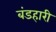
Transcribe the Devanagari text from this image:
बंडहारी